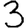
Digit: 3